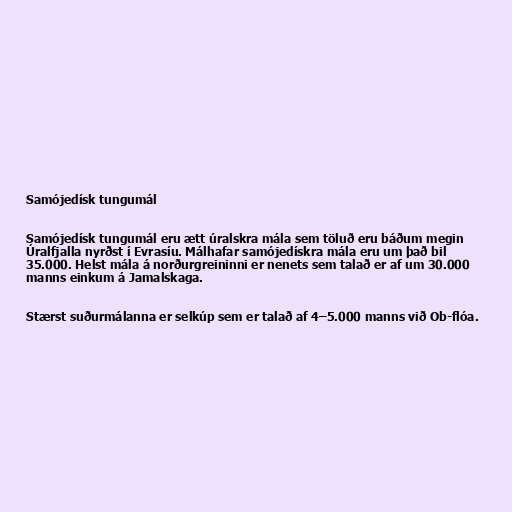
Samójedísk tungumál

Samójedísk tungumál eru ætt úralskra mála sem töluð eru báðum megin
Úralfjalla nyrðst í Evrasíu. Málhafar samójedískra mála eru um það bil
35.000. Helst mála á norðurgreininni er nenets sem talað er af um 30.000
manns einkum á Jamalskaga.

Stærst suðurmálanna er selkúp sem er talað af 4–5.000 manns við Ob-flóa.